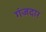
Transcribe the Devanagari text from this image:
गंजदार